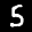
Label: 5